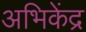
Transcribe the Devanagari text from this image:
अभिकेंद्र